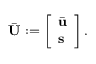
\bar { \mathbf { U } } : = \left[ \begin{array} { l } { \bar { \mathbf { u } } } \\ { \mathbf { s } } \end{array} \right] .